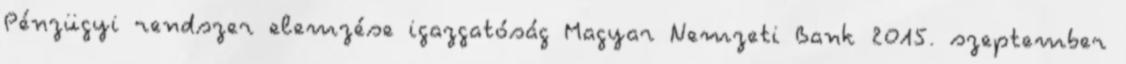
Pénzügyi rendszer elemzése igazgatóság Magyar Nemzeti Bank 2015. szeptember